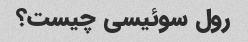
رول سوئیسی چیست؟